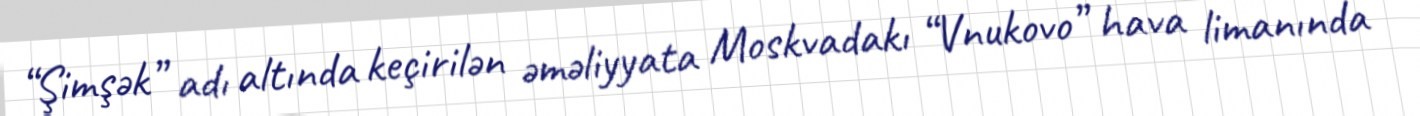
“Şimşək” adı altında keçirilən əməliyyata Moskvadakı “Vnukovo” hava limanında